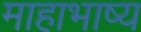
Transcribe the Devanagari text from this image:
माहाभाष्य